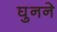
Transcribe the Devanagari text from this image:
घुनने